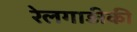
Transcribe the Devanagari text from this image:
रेलगाड़ीकी